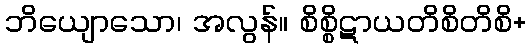
ဘိယျောသော၊ အလွန်။ စိစ္စိဋာယတိစိတိစိ+